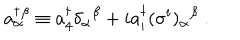
LaTeX: a _ { \alpha } ^ { \dagger } \! ^ { \beta } \equiv a _ { 4 } ^ { \dagger } \delta _ { \alpha } { } ^ { \beta } + i a _ { i } ^ { \dagger } ( \sigma ^ { i } ) _ { \alpha } { } ^ { \beta } \ .